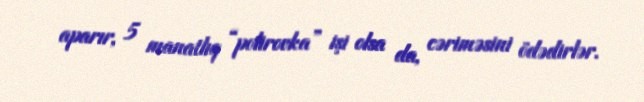
aparır, 5 manatlıq “polirovka” işi olsa da, cəriməsini ödədirlər.